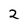
Character: 2